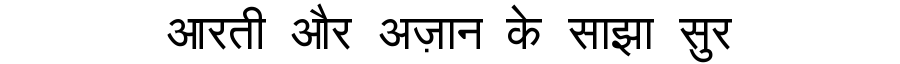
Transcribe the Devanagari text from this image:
आरती और अज़ान के साझा सुर